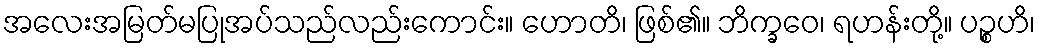
အလေးအမြတ်မပြုအပ်သည်လည်းကောင်း။ ဟောတိ၊ ဖြစ်၏။ ဘိက္ခဝေ၊ ရဟန်းတို့။ ပဉ္စဟိ၊